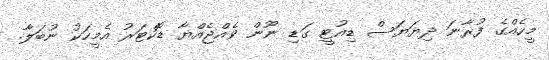
މީހެއްގެ ފުރާނަ ދިޔަޔަސް ޑިއުޓީ ގަޑި ނޫން ވެއްޖެއްޔާ ޑޮކްޓަރު އެމީހަކު ނުބަލާ.